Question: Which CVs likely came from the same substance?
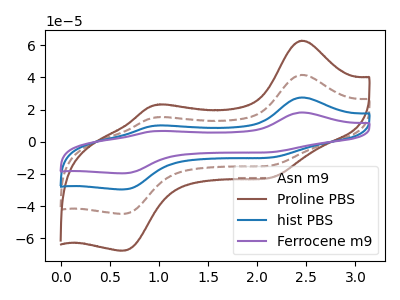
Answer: <think>The brown dashed curve "Asn m9" has anodic peaks at (2.45V, 41.55uA) (1.00V, 15.30uA) and cathodic peaks at (2.20V, -14.15uA) (0.65V, -44.65uA). The brown curve "Proline PBS" has anodic peaks at (2.45V, 62.75uA) (1.00V, 23.10uA) and cathodic peaks at (2.20V, -21.40uA) (0.65V, -67.50uA). The blue curve "hist PBS" has anodic peaks at (2.45V, 83.05uA) (1.00V, 30.60uA) and cathodic peaks at (2.20V, -28.30uA) (0.65V, -89.30uA). The purple curve "Ferrocene m9" has anodic peaks at (2.45V, 124.60uA) (1.00V, 45.85uA) and cathodic peaks at (2.20V, -42.45uA) (0.65V, -134.00uA).
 All the peaks in "Asn m9" have a peak in "Proline PBS" at the same potential. Every peak in "Asn m9" is lower than every peak in "Proline PBS". All the peaks in "Asn m9" have a peak in "hist PBS" at the same potential. Every peak in "Asn m9" is lower than every peak in "hist PBS". All the peaks in "Asn m9" have a peak in "Ferrocene m9" at the same potential. Every peak in "Asn m9" is lower than every peak in "Ferrocene m9". All the peaks in "Proline PBS" have a peak in "hist PBS" at the same potential. Every peak in "Proline PBS" is lower than every peak in "hist PBS". All the peaks in "Proline PBS" have a peak in "Ferrocene m9" at the same potential. Every peak in "Proline PBS" is lower than every peak in "Ferrocene m9". All the peaks in "hist PBS" have a peak in "Ferrocene m9" at the same potential. Every peak in "hist PBS" is lower than every peak in "Ferrocene m9".</think>
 <answer>"Proline PBS", "Asn m9", "hist PBS" and "Ferrocene m9" have the same shape and are likely CV's of the same chemical.</answer>
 <eval>"Proline PBS" "Asn m9" "hist PBS" "Ferrocene m9"</eval>